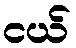
ငယ်